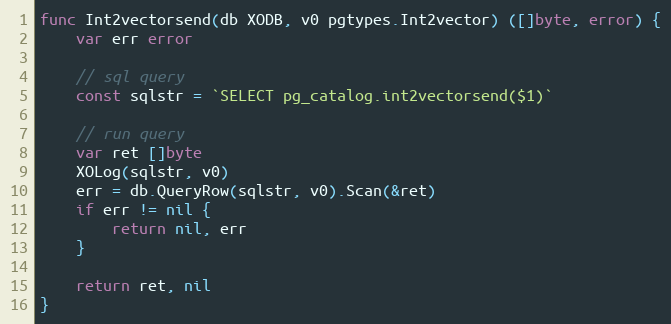
Language: Go
func Int2vectorsend(db XODB, v0 pgtypes.Int2vector) ([]byte, error) {
	var err error

	// sql query
	const sqlstr = `SELECT pg_catalog.int2vectorsend($1)`

	// run query
	var ret []byte
	XOLog(sqlstr, v0)
	err = db.QueryRow(sqlstr, v0).Scan(&ret)
	if err != nil {
		return nil, err
	}

	return ret, nil
}